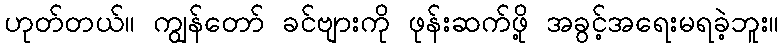
ဟုတ်တယ်။ ကျွန်တော် ခင်ဗျားကို ဖုန်းဆက်ဖို့ အခွင့်အရေးမရခဲ့ဘူး။